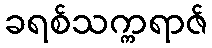
ခရစ်သက္ကရာဇ်